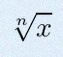
\sqrt[n]{x}